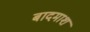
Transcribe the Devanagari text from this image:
बादमाश